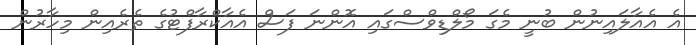
އެ އެއާލައިނުން ބުނީ މެގަ މޯލްޑިވްސްގައި އޮންނަ ފަސް އެއާކްރާފްޓުގެ ތެރެއިން މިހާރުން